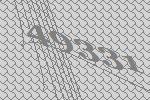
49331